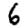
Digit: 6